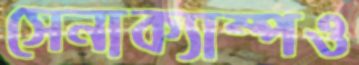
সেনাক্যাম্পও